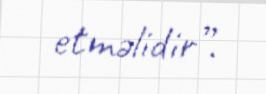
etməlidir”.